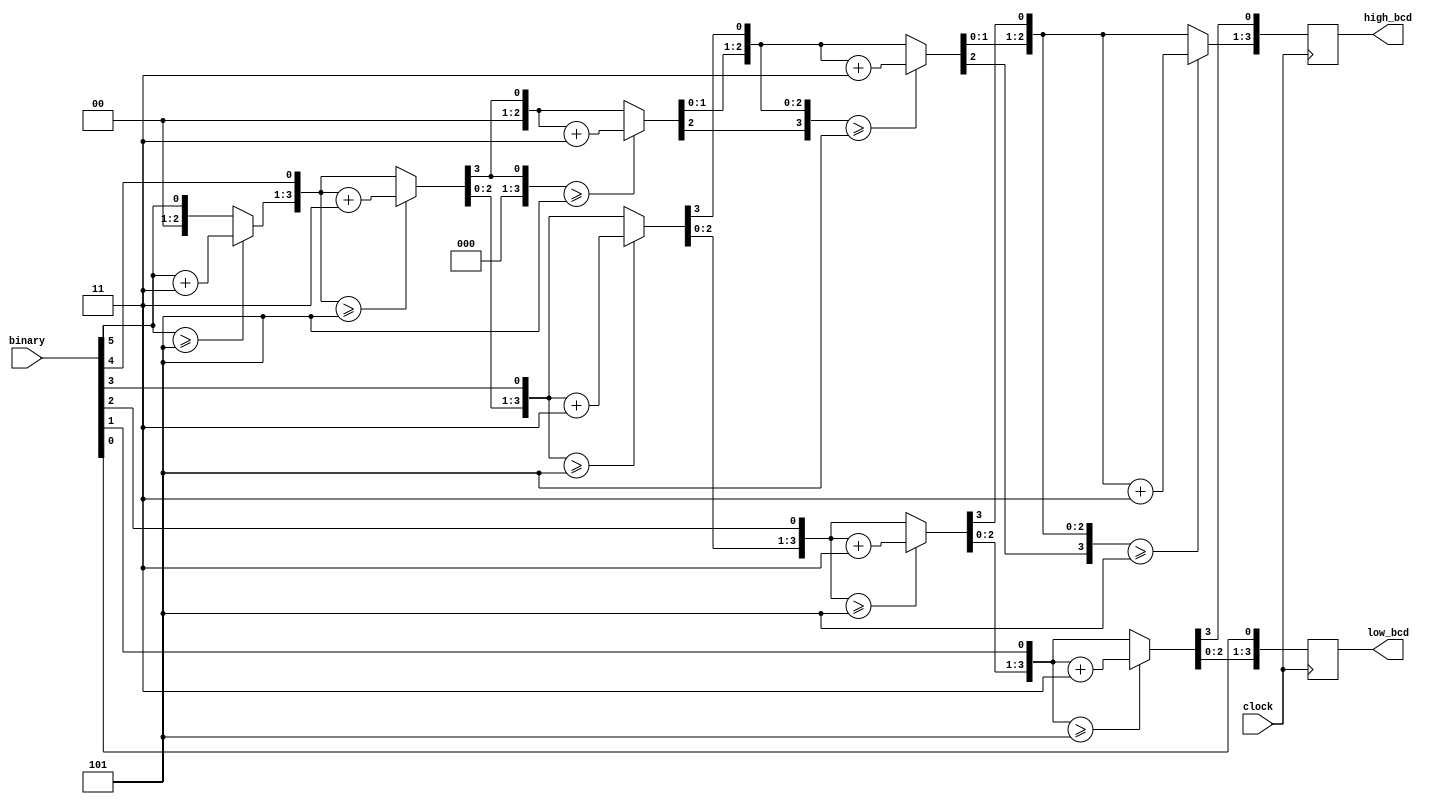
// Name: bin2bcd
// Description: convert a 6-bit binary number to 2 BCD digits.

//module bin2bcd(clock, binary, high_bcd, low_bcd);
module bin2bcd(clock, binary, high_bcd, low_bcd);

	input clock;
	input [5:0] binary;
	output [3:0] high_bcd;
	output [3:0] low_bcd;

	reg [3:0] high_bcd;
	reg [3:0] low_bcd;
	reg [7:0] bcd;
	integer i;

	function [3:0] correct;
	input [3:0] decade;
	begin
		correct = (decade >= 4'd5) ? (decade + 4'd3) : (decade);
	end
	endfunction

	always @(posedge clock)
	begin
		high_bcd = 4'd0;
		low_bcd = 4'd0;

		for (i=0; i<6; i=i+1)
		begin
			high_bcd = correct(high_bcd);
			low_bcd = correct(low_bcd);
			bcd = {high_bcd, low_bcd};
			bcd = bcd << 1;
			bcd[0] = binary[5-i];
			high_bcd = bcd[7:4];
			low_bcd = bcd[3:0];
		end
	end

endmodule